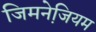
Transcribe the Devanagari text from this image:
जिमनेजि़यम